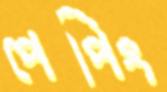
পেপিং